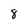
Character: 8